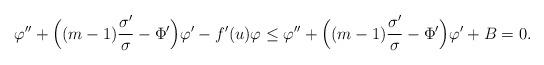
LaTeX: \begin{align*}\varphi''+\Big((m-1)\frac{\sigma'}{\sigma}-\Phi'\Big) \varphi' - f'(u) \varphi \leq \varphi''+\Big((m-1)\frac{\sigma'}{\sigma}-\Phi'\Big) \varphi'+B=0.\end{align*}